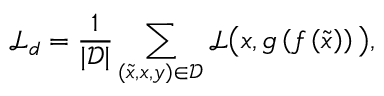
\mathcal { L } _ { d } = \frac { 1 } { \vert \mathcal { D } \vert } \sum _ { ( \tilde { x } , x , y ) \in \mathcal { D } } \mathcal { L } \big ( x , g \left( f \left( \tilde { x } \right) \right) \big ) ,